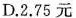
D.2.75元